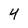
Character: 4